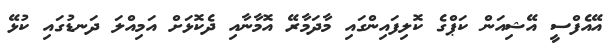
އޭއެފްސީ އޭޝިއަން ކަޕްގެ ކޮލިފައިންގައި މާދަމާރޭ އޮމާނާއި ދެކޮޅަށް އަމިއްލަ ދަނޑުގައި ކުޅޭ